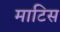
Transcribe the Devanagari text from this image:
माटिस